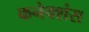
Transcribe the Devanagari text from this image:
कनेक्‍शंस